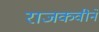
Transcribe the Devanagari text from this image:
राजकवीने